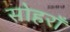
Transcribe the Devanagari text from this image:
सोहराँ